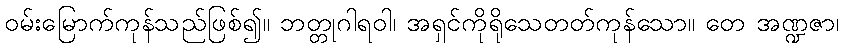
ဝမ်းမြောက်ကုန်သည်ဖြစ်၍။ ဘတ္တုဂါရဝါ၊ အရှင်ကိုရိုသေတတ်ကုန်သော။ တေ အဏ္ဍဇာ၊